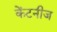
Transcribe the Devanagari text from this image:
केंटनीज